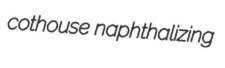
cothouse naphthalizing